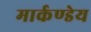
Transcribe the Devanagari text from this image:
मार्कण्‍डेय